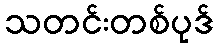
သတင်းတစ်ပုဒ်